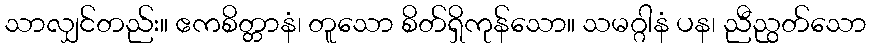
သာလျှင်တည်း။ ဧကစိတ္တာနံ၊ တူသော စိတ်ရှိကုန်သော။ သမဂ္ဂါနံ ပန၊ ညီညွတ်သော